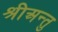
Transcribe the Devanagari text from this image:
श्रीअन्तु